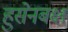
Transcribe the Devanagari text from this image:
हुसेनबक्ष